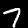
Label: 7